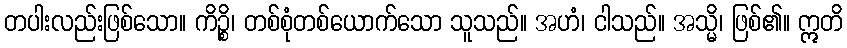
တပါးလည်းဖြစ်သော။ ကိဉ္စိ၊ တစ်စုံတစ်ယောက်သော သူသည်။ အဟံ၊ ငါသည်။ အသ္မိ၊ ဖြစ်၏။ ဣတိ